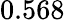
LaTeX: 0.568